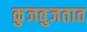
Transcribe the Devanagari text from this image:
कुजबुजतात